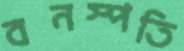
বনস্পতি